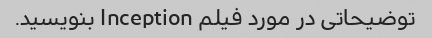
توضیحاتی در مورد فیلم Inception بنویسید.